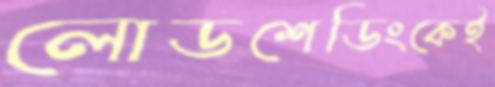
লোডশেডিংকেই